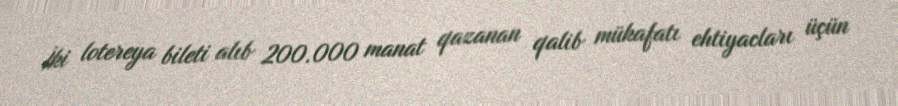
İki lotereya bileti alıb 200.000 manat qazanan qalib mükafatı ehtiyacları üçün